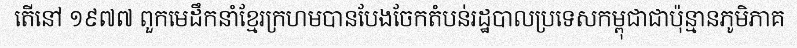
តើនៅ ១៩៧៧ ពួកមេដឹកនាំខ្មែរក្រហមបានបែងចែកតំបន់រដ្ឋបាលប្រទេសកម្ពុជាជាប៉ុន្មានភូមិភាគ